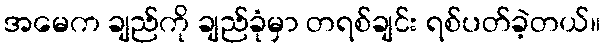
အမေက ချည်ကို ချည်ခုံမှာ တရစ်ချင်း ရစ်ပတ်ခဲ့တယ်။